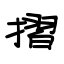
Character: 摺